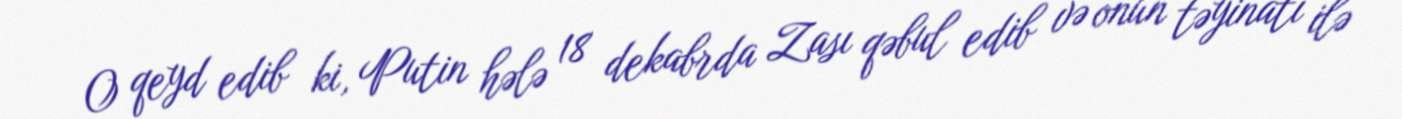
O qeyd edib ki, Putin hələ 18 dekabrda Zası qəbul edib və onun təyinatı ilə